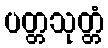
ပတ္တသုတ္တံ